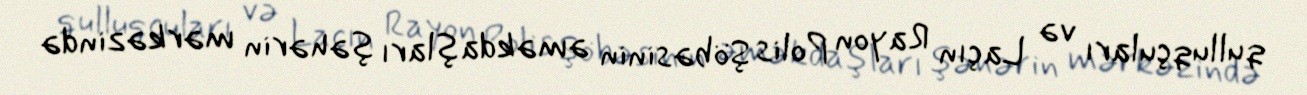
qulluqçuları və Laçın Rayon Polis Şöbəsinin əməkdaşları şəhərin mərkəzində